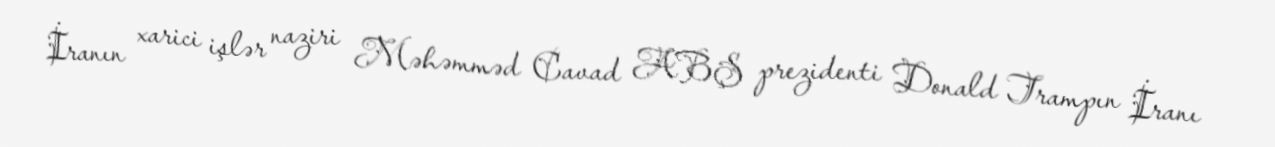
İranın xarici işlər naziri Məhəmməd Cavad ABŞ prezidenti Donald Trampın İranı